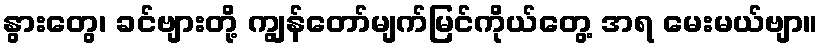
နွားတွေ၊ ခင်ဗျားတို့ ကျွန်တော်မျက်မြင်ကိုယ်တွေ့ အရ မေးမယ်ဗျာ။